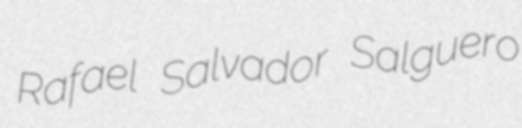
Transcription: Rafael Salvador Salguero